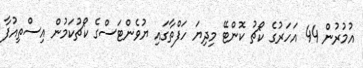
އުމުރުން 44 އަހަރުގެ ކޯޗު ކޮންޓޭ މިދިޔަ ހަފްތާގައި ޔުވެންޓަސްގެ ކޯޗުކަމުން އިސްތިއުފާ